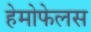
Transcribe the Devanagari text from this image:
हेमोफेलस